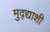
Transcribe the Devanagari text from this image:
मुद्द्याशी